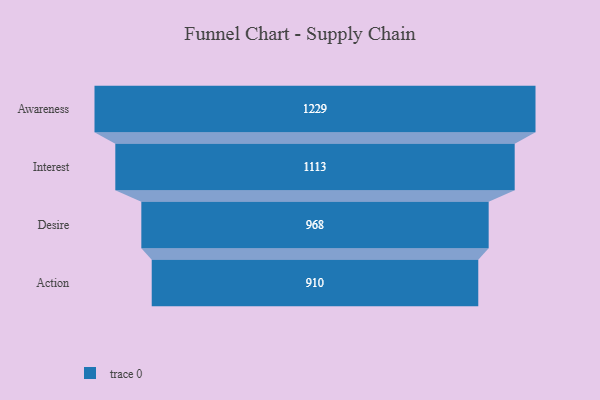
{"axis": {"x": "Stage", "y": "Value"}, "legend": [""], "data": [{"x": "Awareness", "y": 1229.0, "type": ""}, {"x": "Interest", "y": 1113.0, "type": ""}, {"x": "Desire", "y": 968.0, "type": ""}, {"x": "Action", "y": 910.0, "type": ""}]}